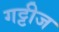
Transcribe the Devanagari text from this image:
गट्टीज